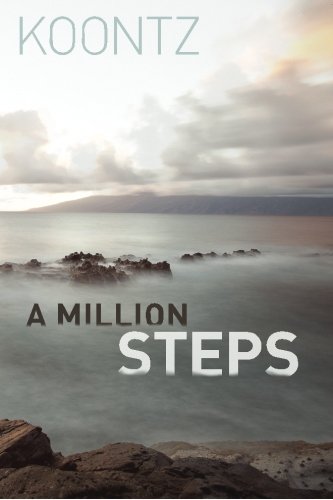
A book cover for A Million Steps; Kurt Koontz; Sports & Outdoors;